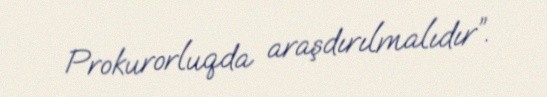
Prokurorluqda araşdırılmalıdır”.